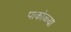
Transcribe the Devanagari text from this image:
पाकोळ्या